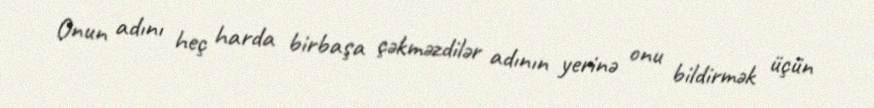
Onun adını heç harda birbaşa çəkməzdilər adının yerinə onu bildirmək üçün